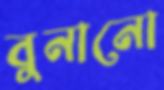
বুনানো